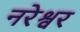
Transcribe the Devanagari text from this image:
नरेश्वर